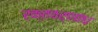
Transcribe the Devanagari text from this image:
रक्तवर्णांध